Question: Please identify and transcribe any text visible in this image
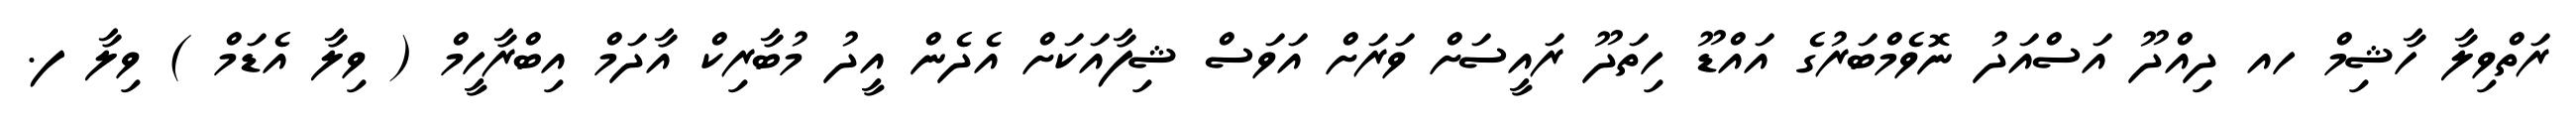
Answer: ރަތްވިލާ ހާޝިމް ހއ ދިއްދޫ އަސްއަދު ނޮވެމްބަރުގެ އައްޑޫ ހިތަދޫ ރައީސަށް ވަރަށް އަވަސް ޝިފާއަކަށް އެދެން އީދު މުބާރިކް އާދަމް އިބްރާހީމް ( ވިލާ އެޑަމް ) ވިލާ ފ.